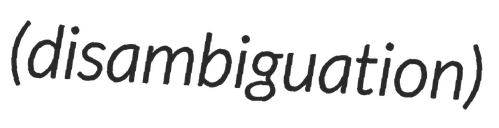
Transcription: (disambiguation)